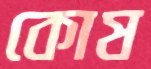
কোষ